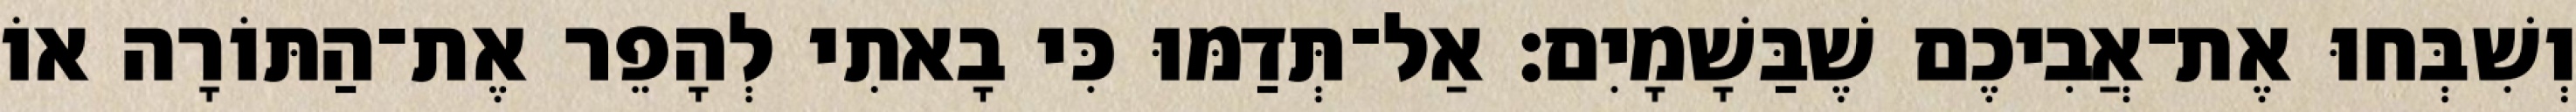
וְשִׁבְּחוּ אֶת־אֲבִיכֶם שֶׁבַּשָׁמָיִם׃ אַל־תְּדַמּוּ כִּי בָאתִי לְהָפֵר אֶת־הַתּוֹרָה אוֹ